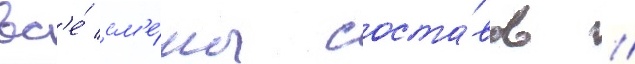
вс'е́ см'е́ны соста́вов /